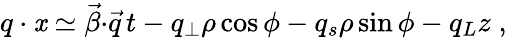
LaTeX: q\cdot\mathit{x}\simeq{\vec{{\beta}}}{\cdot}{\vec{{q}}}\, t-q_{\perp}\rho\cos\phi-q_{s}\rho\sin\phi-q_{L}z\; ,